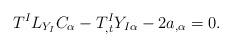
LaTeX: \begin{align*}T^{I}L_{Y_{I}}C_{\alpha }-T_{,t}^{I}Y_{I\alpha }-2a_{,\alpha }=0.\end{align*}